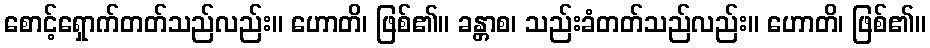
စောင့်ရှောက်တတ်သည်လည်း။ ဟောတိ၊ ဖြစ်၏။ ခန္တာစ၊ သည်းခံတတ်သည်လည်း။ ဟောတိ၊ ဖြစ်၏။